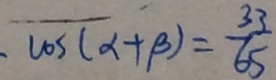
. \cos ( \alpha + \beta ) = \frac { 3 3 } { 6 5 }